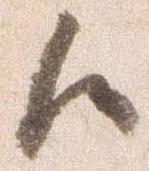
候